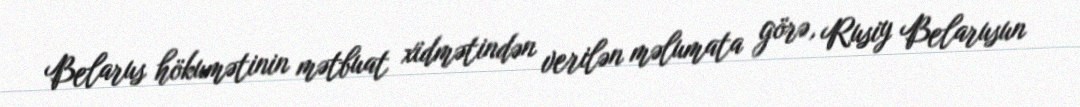
Belarus hökumətinin mətbuat xidmətindən verilən məlumata görə, Rusiy Belarusun